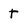
Character: t